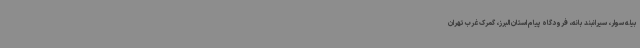
بیله سوار، سیرانبند بانه، فرودگاه پیام استان البرز، گمرک غرب تهران